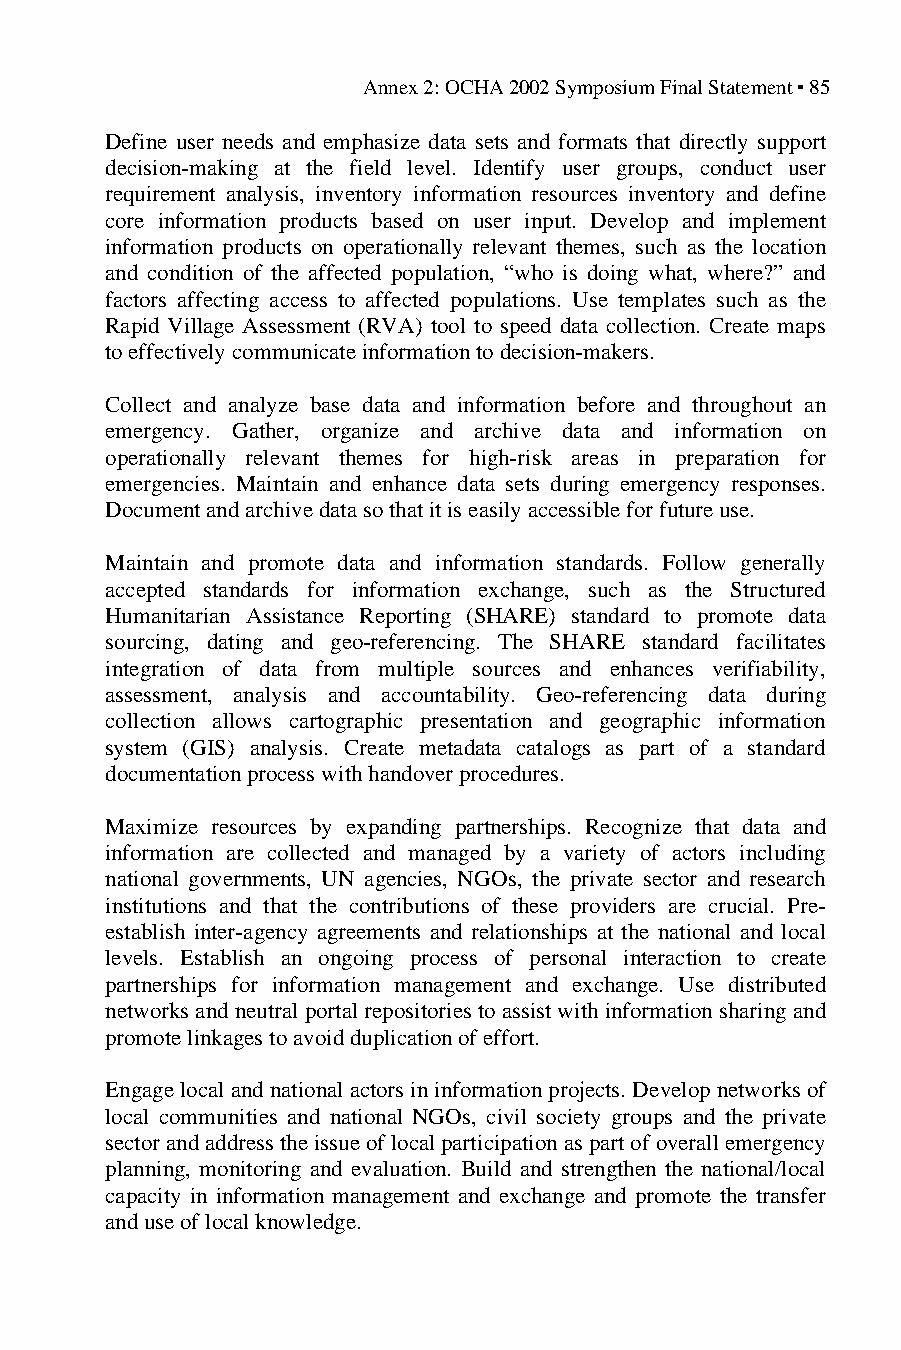
Annex 2: OCHA 2002 Symposium Final Statement ▪ 85
 Define user needs and emphasize data sets and formats that directly support
 decision-making at the field level. Identify user groups, conduct user
 requirement analysis, inventory information resources inventory and define
 core information products based on user input. Develop and implement
 information products on operationally relevant themes, such as the location
 and condition of the affected population, “who is doing what, where?” and
 factors affecting access to affected populations. Use templates such as the
 Rapid Village Assessment (RVA) tool to speed data collection. Create maps
 to effectively communicate information to decision-makers.
 Collect and analyze base data and information before and throughout an
 emergency. Gather, organize and archive data and information on
 operationally relevant themes for high-risk areas in preparation for
 emergencies. Maintain and enhance data sets during emergency responses.
 Document and archive data so that it is easily accessible for future use.
 Maintain and promote data and information standards. Follow generally
 accepted standards for information exchange, such as the Structured
 Humanitarian Assistance Reporting (SHARE) standard to promote data
 sourcing, dating and geo-referencing. The SHARE standard facilitates
 integration of data from multiple sources and enhances verifiability,
 assessment, analysis and accountability. Geo-referencing data during
 collection allows cartographic presentation and geographic information
 system (GIS) analysis. Create metadata catalogs as part of a standard
 documentation process with handover procedures.
 Maximize resources by expanding partnerships. Recognize that data and
 information are collected and managed by a variety of actors including
 national governments, UN agencies, NGOs, the private sector and research
 institutions and that the contributions of these providers are crucial. Pre-
 establish inter-agency agreements and relationships at the national and local
 levels. Establish an ongoing process of personal interaction to create
 partnerships for information management and exchange. Use distributed
 networks and neutral portal repositories to assist with information sharing and
 promote linkages to avoid duplication of effort.
 Engage local and national actors in information projects. Develop networks of
 local communities and national NGOs, civil society groups and the private
 sector and address the issue of local participation as part of overall emergency
 planning, monitoring and evaluation. Build and strengthen the national/local
 capacity in information management and exchange and promote the transfer
 and use of local knowledge.